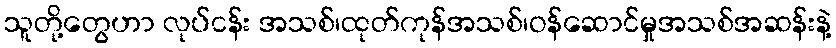
သူတို့တွေဟာ လုပ်ငန်း အသစ်၊ထုတ်ကုန်အသစ်၊ဝန်ဆောင်မှုအသစ်အဆန်းနဲ့